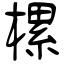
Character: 樏